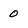
Character: 0